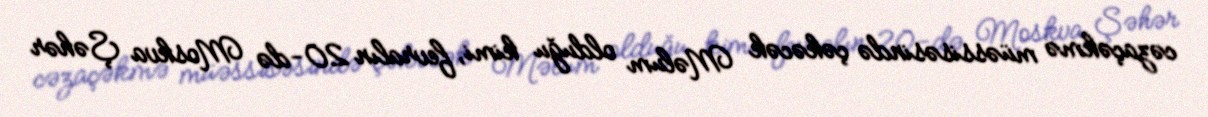
cəzaçəkmə müəssisəsində çəkəcək Məlum olduğu kimi, fevralın 20-də Moskva Şəhər